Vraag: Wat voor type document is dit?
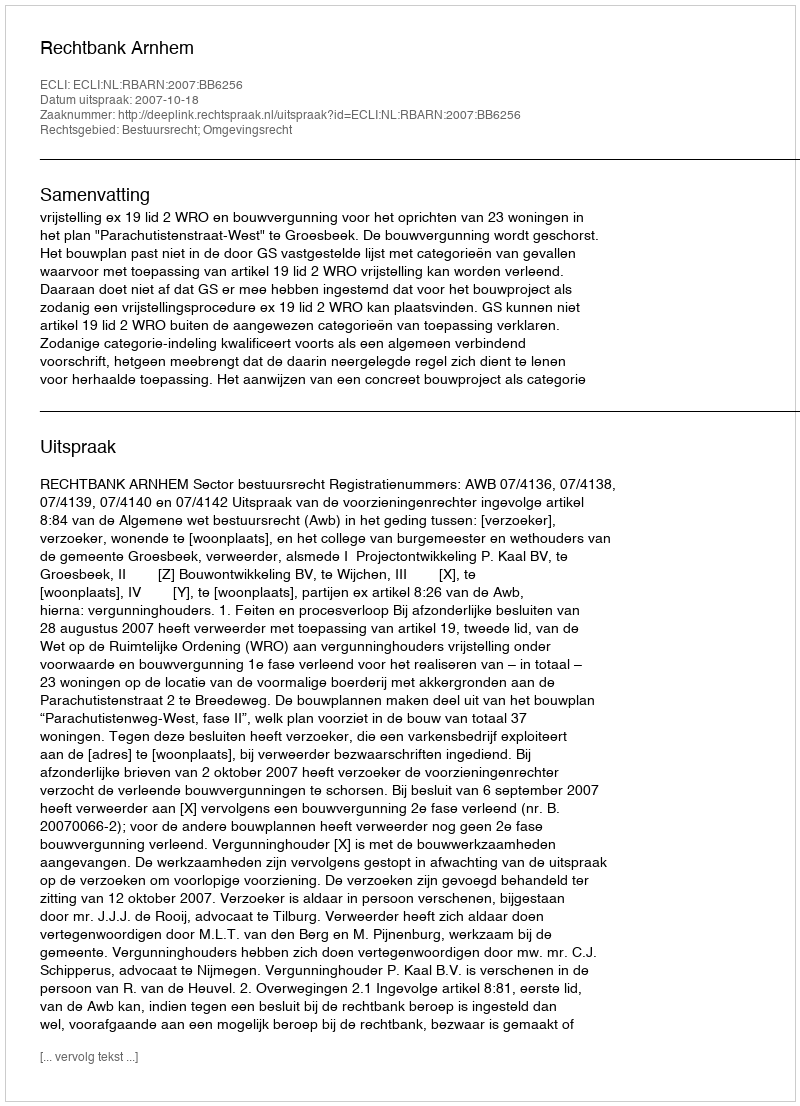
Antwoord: Uitspraak